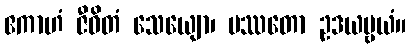
ဧကာဟံ ဇီဝိတံ သေယျော၊ ပဿတော ဥဒယဗ္ဗယံ။